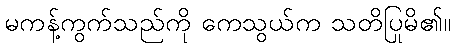
မကန့်ကွက်သည်ကို ကေသွယ်က သတိပြုမိ၏။